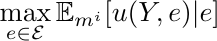
\begin{equation*}
 \max_{e\in \mathcal{E}} \mathbb{E}_{m^i}[u(Y,e)|e]
\end{equation*}